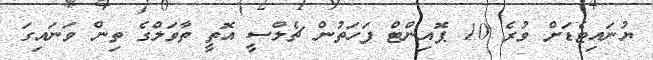
ޔުނައިޓެޑަށް ވުރެ 10 ޕޮއިންޓް ފަހަތުން ޗެލްސީ އޮތީ ތާވަލްގެ ތިން ވަނައިގަ